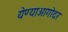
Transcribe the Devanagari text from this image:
येण्याआगोदर